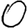
Digit: 0